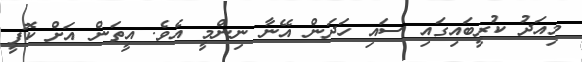
މިއަދު ކުރީބައިގައި ސައި ހަދަން އޭނާ ނިންމީ އެވެ. އީތަން އަށް ކޮފީ